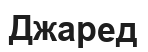
Джаред